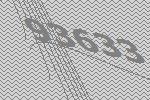
93633